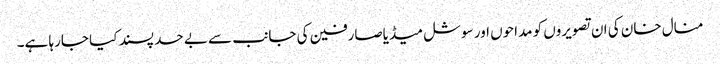
منال خان کی ان تصویروں کو مداحوں اور سوشل میڈیاصارفین کی جانب سے بے حد پسند کیا جارہا ہے۔